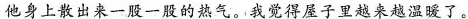
他身上散出来一股一股的热气。我觉得屋子里越来越温暖了。